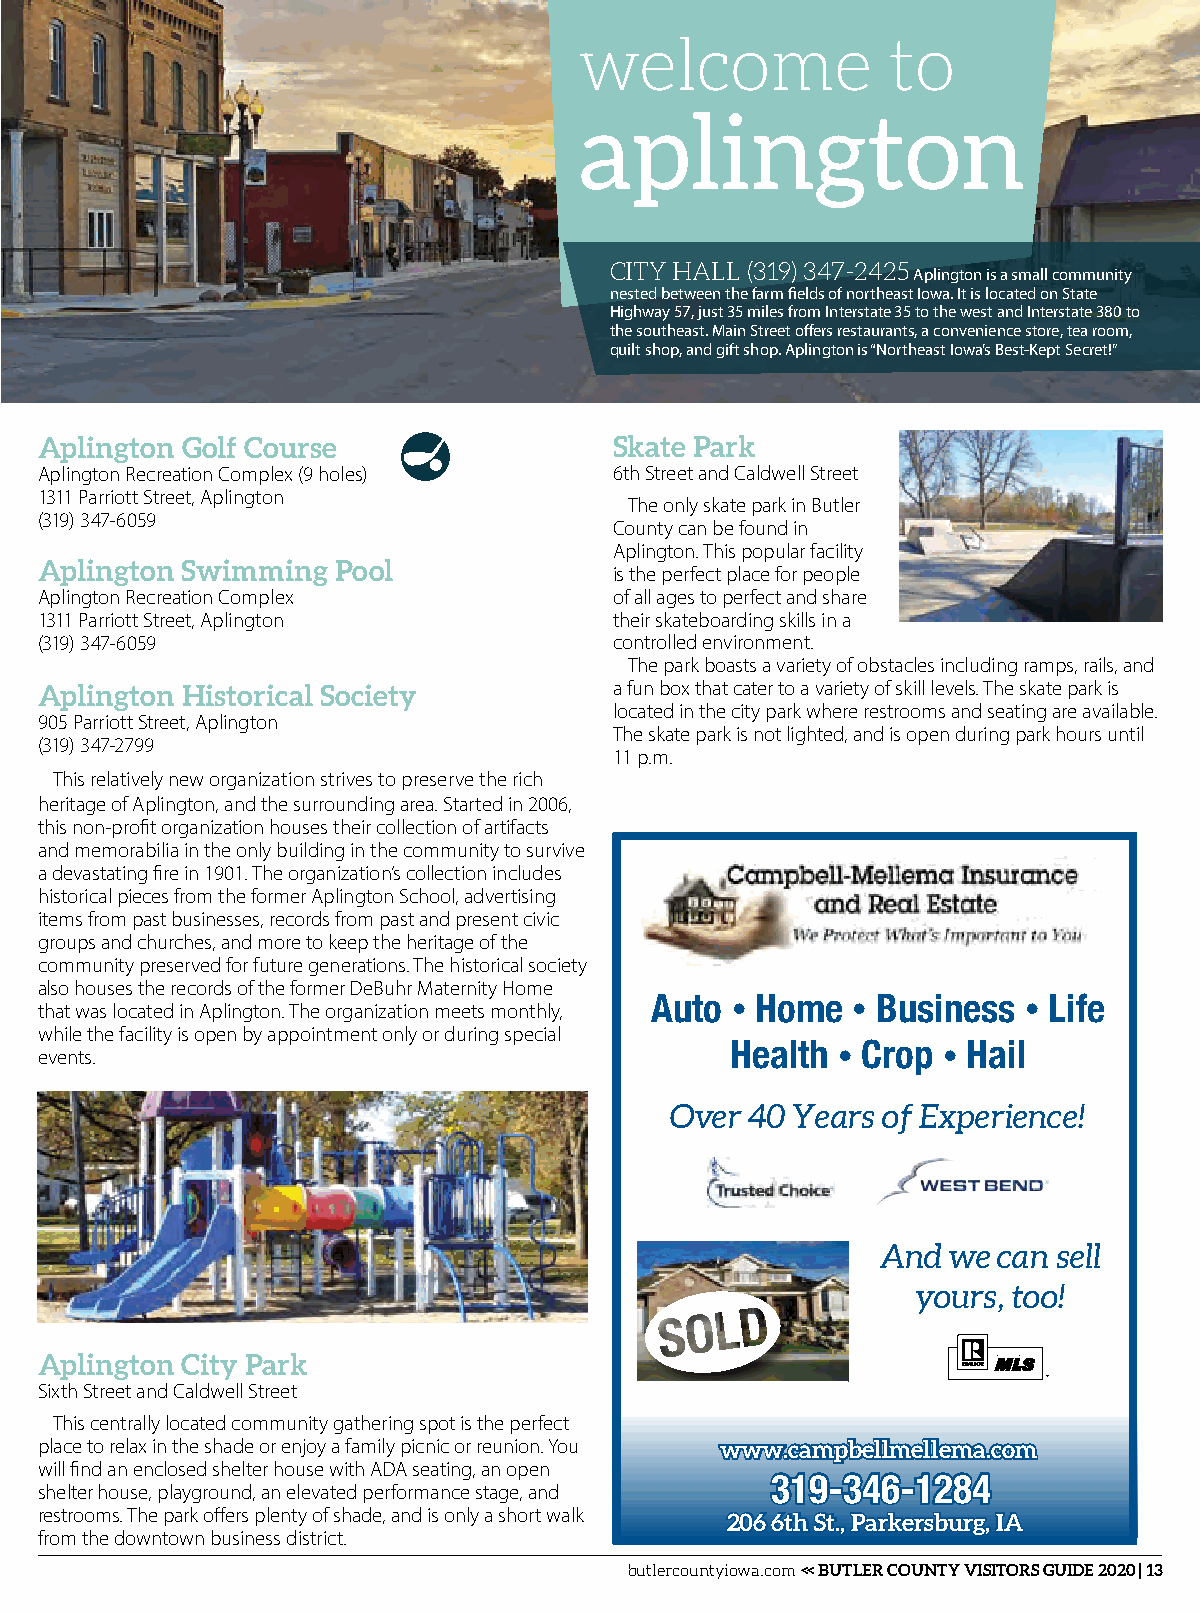
welcome              to
 aplington
 CITY HALL (319) 347-2425
 Aplington is a small community
 nested between the farm fields of northeast Iowa. It is located on State
 Highway 57, just 35 miles from Interstate 35 to the west and Interstate 380 to
 the southeast. Main Street offers restaurants, a convenience store, tea room,
 quilt shop, and gift shop. Aplington is “Northeast Iowa’s Best-Kept Secret!”
 Aplington Golf Course                  Skate Park
 Aplington Recreation Complex (9 holes) 6th Street and Caldwell Street
 1311 Parriott Street, Aplington
 The only skate park in Butler
 (319) 347-6059
 County can be found in
 Aplington. This popular facility
 Aplington Swimming  Pool
 is the perfect place for people
 Aplington Recreation Complex           of all ages to perfect and share
 1311 Parriott Street, Aplington        their skateboarding skills in a
 (319) 347-6059                         controlled environment.
 The park boasts a variety of obstacles including ramps, rails, and
 Aplington Historical Society           a fun box that cater to a variety of skill levels. The skate park is
 located in the city park where restrooms and seating are available.
 905 Parriott Street, Aplington
 The skate park is not lighted, and is open during park hours until
 (319) 347-2799
 11 p.m.
 This relatively new organization strives to preserve the rich
 heritage of Aplington, and the surrounding area. Started in 2006,
 this non-profit organization houses their collection of artifacts
 and memorabilia in the only building in the community to survive
 a devastating fire in 1901. The organization’s collection includes
 historical pieces from the former Aplington School, advertising
 items from past businesses, records from past and present civic
 groups and churches, and more to keep the heritage of the
 community preserved for future generations. The historical society
 also houses the records of the former DeBuhr Maternity Home
 that was located in Aplington. The organization meets monthly, Auto • Home • Business • Life
 while the facility is open by appointment only or during special
 events.                                       Health • Crop • Hail
 Over  40 Years of Experience!
 And  we can sell
 yours, too!
 Aplington City Park
 Sixth Street and Caldwell Street
 This centrally located community gathering spot is the perfect
 place to relax in the shade or enjoy a family picnic or reunion. You www.campbellmellema.com
 will find an enclosed shelter house with ADA seating, an open
 319-346-1284
 shelter house, playground, an elevated performance stage, and
 restrooms. The park offers plenty of shade, and is only a short walk 206 6th St., Parkersburg, IA
 from the downtown business district.
 butlercountyiowa.com << BUTLER COUNTY VISITORS GUIDE 2020 | 13
 Have a Safe and Happy 4thof July!